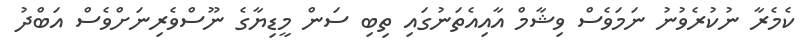
ކެމެރާ ނުކުރެވުނު ނަމަވެސް ވިޝާމް އާއިއެތަނުގައި ތިބި ސަން މީޑިޔާގެ ނޫސްވެރިނަށްވެސް އަބްދު